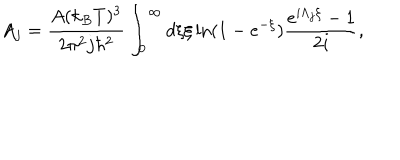
A _ { j } = \frac { A ( k _ { B } T ) ^ { 3 } } { 2 \pi ^ { 2 } j \hbar ^ { 2 } } \int _ { 0 } ^ { \infty } d \xi \xi \ln ( 1 - e ^ { - \xi } ) \frac { e ^ { i \Lambda _ { j } \xi } - 1 } { 2 i } ,